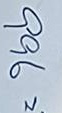
996